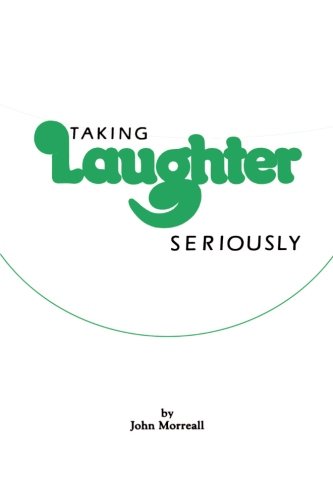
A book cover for Taking Laughter Seriously; John Morreall; Humor & Entertainment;